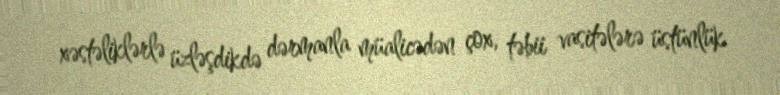
xəstəliklərlə üzləşdikdə dərmanla müalicədən çox, təbii vasitələrə üstünlük